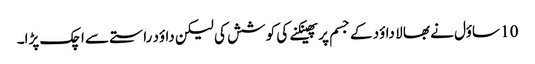
10 ساؤل نے بھا لا داؤد کے جسم پر پھینکنے کی کو شش کی لیکن داؤد راستے سے اچک پڑا۔